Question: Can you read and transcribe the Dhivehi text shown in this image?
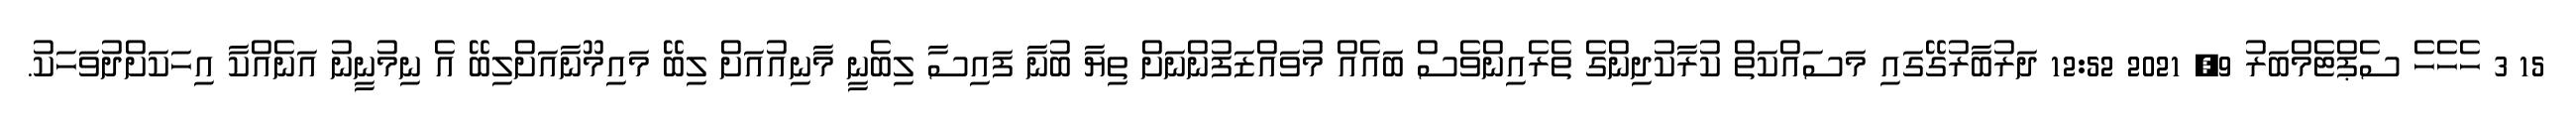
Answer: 15 3 ހެހެހެ ސެޕްޓެމްބަރު 9, 2021 12:52 ދަރުބާރުގޭގައި މަސައްކަތް ކުރާކުދިންގެ ތެރެއިންވެސް ބައެއް މުވައްޒަފުންނަށް ތިޔާ ބުނާ ފައިސާ ލިބެނީ މާނިއުއަށް ލިބޭ މައިމޫނާއަށްލިބޭ އެ ނިމުނީނު އަނެއްކާ އިހަކަށްދުވަހަކު.